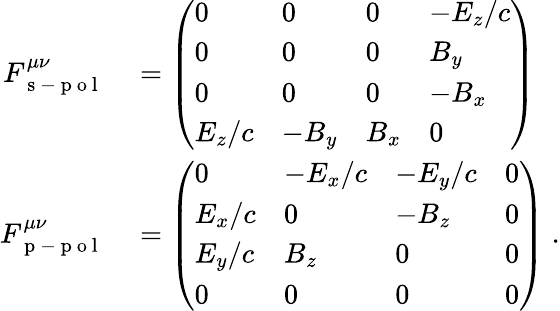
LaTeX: \begin{array}{rl}{F_{\mathrm{~s~-~p~o~l~}}^{\mu\nu}}&{{}=\left(\begin{array}{llll}{0}&{0}&{0}&{-E_{z}/c}\\ {0}&{0}&{0}&{B_{y}}\\ {0}&{0}&{0}&{-B_{x}}\\ {E_{z}/c}&{-B_{y}}&{B_{x}}&{0}\end{array}\right)}\\ {F_{\mathrm{~p~-~p~o~l~}}^{\mu\nu}}&{{}=\left(\begin{array}{llll}{0}&{-E_{x}/c}&{-E_{y}/c}&{0}\\ {E_{x}/c}&{0}&{-B_{z}}&{0}\\ {E_{y}/c}&{B_{z}}&{0}&{0}\\ {0}&{0}&{0}&{0}\end{array}\right)\; .}\end{array}